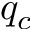
q _ { c }